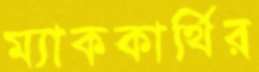
ম্যাককার্থির